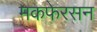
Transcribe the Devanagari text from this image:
मकफेरसन